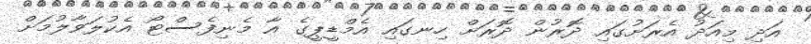
އަދި މިއަދު އެރަށުގައި ދޮރުން ދޮރަށް ހިނގައި އެމްޑީޕީގެ އާ މެނިފެސްޓޯ އެކުލަވާލުމަށް